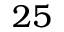
2 5